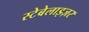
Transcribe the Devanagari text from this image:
स्टेबेलाइज़र